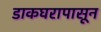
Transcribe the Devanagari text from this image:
डाकघरापासून